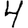
Digit: 4